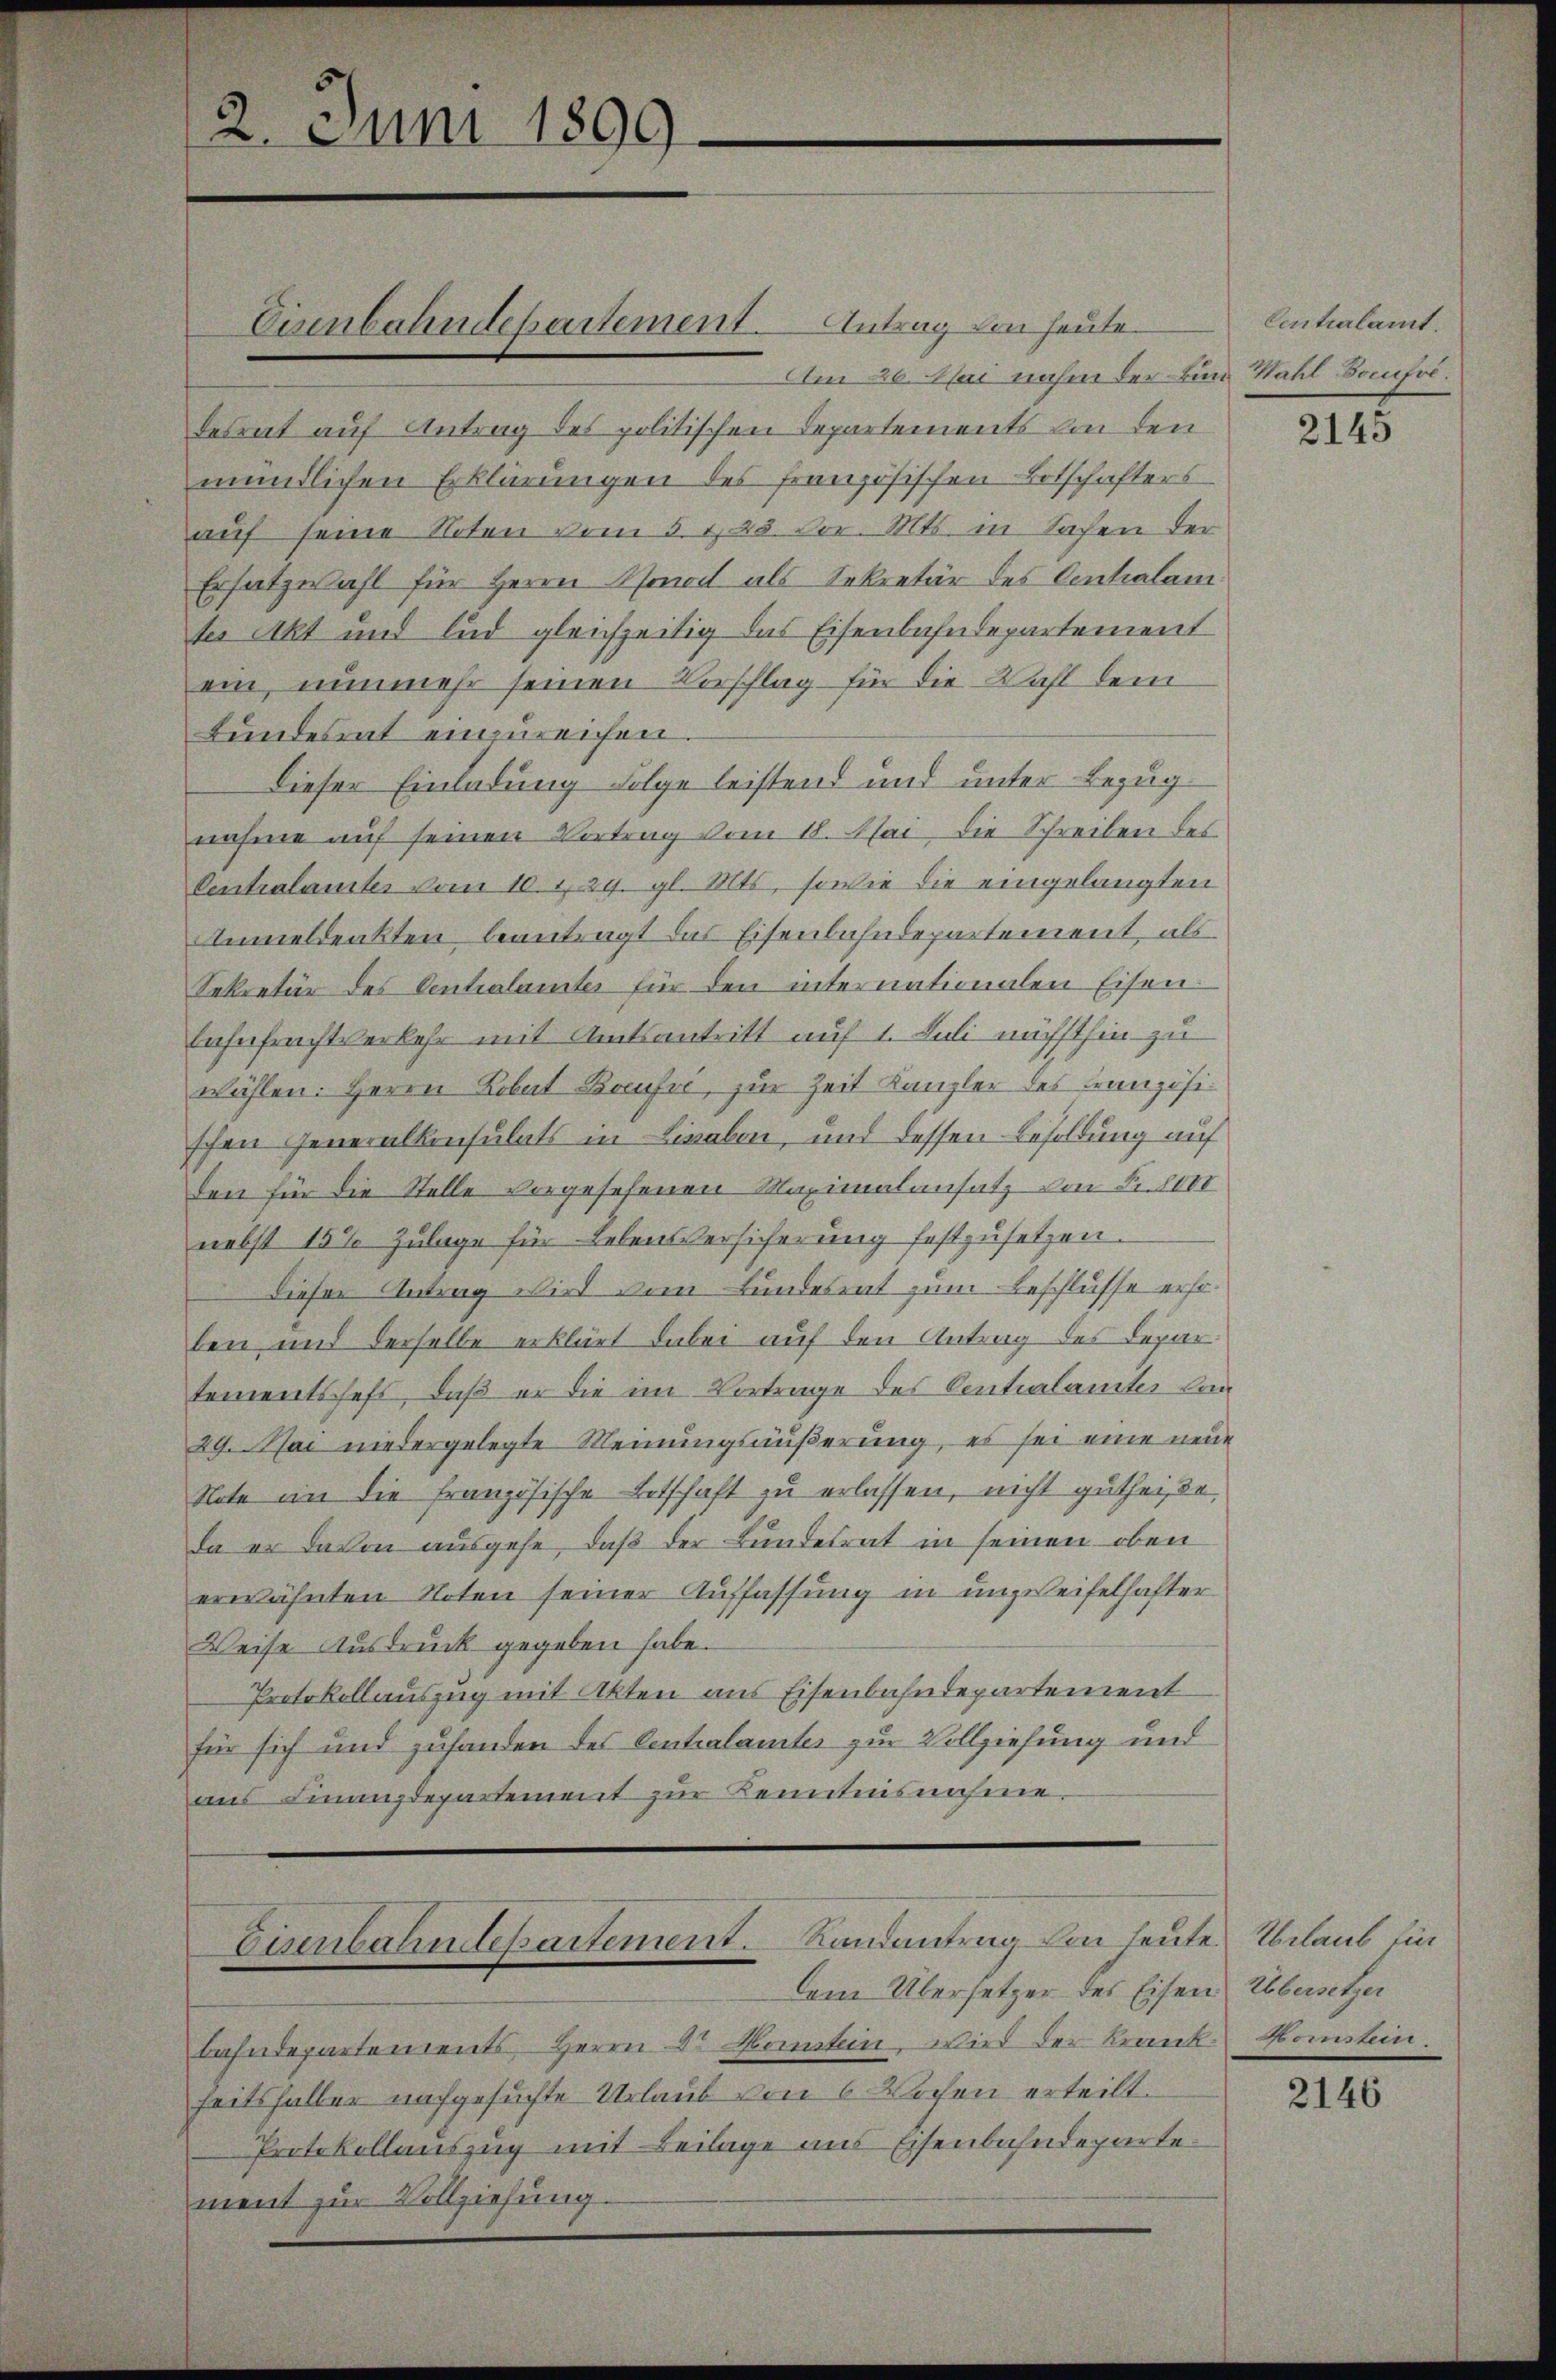
Am 26. Mai nahm der Bund Wahl-Sonfol
desrat auf Antrag des politischen Departements von den
mündlichen Erklärungen des französischen Botschafters
auf seine Noten vom 5. 125. vor. Mts. in Sachen der
Ersatzwahl für Herrn Sonach als Sekretär des Centhalam
tes Akt und lud gleichzeitig das Eisenbahndepartement
ein, nunmehr seinen Vorschlag für die Wahl dem
Bundesrat einzureichen
Dieser Einladung Folge leistend und unter Bezug
nahme auf seinen Vortrag vom 18. Mai die Schreiben des
Centralamtes vom 10. 129. gl. Mts. sowie die eingelangten
Anmeldenkten beantragt das Eisenbahndepartement, als
Sekretär des Centralamter für den internationalen Eisen.
Lahnfrachtverkehr mit Amtsantritt auf 1. Juli nächsthin zu
wählen. Herrn Lobat Breusse, zur Zeit Kanzler des Französischen Generalkonsulats in Lisaben, und dessen Besoldung auf
den für die Stelle vorgesehenen Maximalansatz den Licht
nebst 15% Zulage für Lebensversicherung festzusetzen.
Dieser Antrag wird vom Bundesrat zum Beschlusse ersoben und derselbe erklärt dabei auf den Antrag des Departementssefs, daß er die im Vortrage des Centralamter lan¬
29. Mai niedergelegte Meinungsäußerung, es sei eine neue
Note in die französische Botschaft zu erlassen, nicht gutheiße,
da er davon ausgehe, daß der Bundesrat in seinen oben
erwähnten Noten seiner Auffassung in unzweifelhafter
Weise Ausdruck gegeben habe.
Protokollauszug mit Akten aus Eisenbahndepartement
für sich und zufanden des Centralamtes zur Vollziehung und
ans Finanzdepartement zur Kenntnisnahme.

2. Juni 1899.

Eisenbahndepartement. Antrag von heute.

Exenbahndepartement. Landantrag von heute. Erlaub ein
dem Übersetzer des Eisen Uebersetzu

bahndepartements Herrn Dr Konstein, wird der Kranke kommsten.
heitsfaller nachgesuchte Urlaub von 6 Wochen erteilt.
Protokollauszug mit Beilage ans Eisenbahndepartement zur Vollziehung.

Centralamt.

XIII

2146